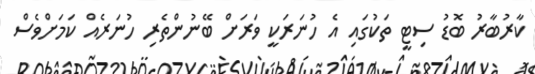
ކާރުބާރު ބޮޑު ސިޓީ ތަކުގައި އެ ހުނަރަކީ ވަރަށް ބޭނުންތެރި ހުނަރެއް ކަމަށްވެސް